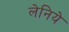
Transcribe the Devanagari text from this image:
लेनिये